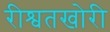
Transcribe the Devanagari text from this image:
रीश्वतखोरी